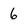
Character: 6